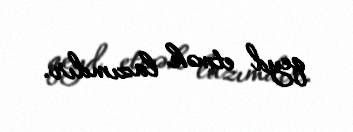
qeyd etmək lazımdır.